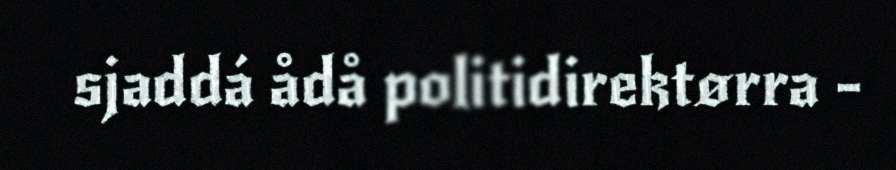
sjaddá ådå politidirektørra -